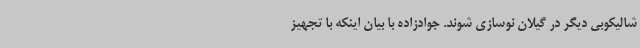
شالیکوبی دیگر در گیلان نوسازی شوند. جوادزاده با بیان اینکه با تجهیز